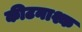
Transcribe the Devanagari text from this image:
कीटनाश्क